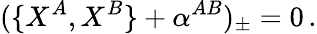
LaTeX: (\{ X^{A},X^{B}\} +\alpha^{AB})_{\pm}=0\, .